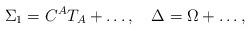
LaTeX: \begin{align*}\Sigma_{1}=C^AT_A+\ldots,\quad\Delta=\Omega+\ldots,\end{align*}